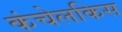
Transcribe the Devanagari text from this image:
कंचेलकिस